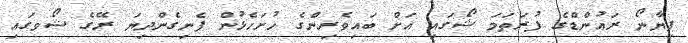
ޕިޔާނޯ ރައުންޑްގެ ފުރަތަމަ ޝޯގައި އަށް ބައިވެރިންގެ ހުށަހެޅުން ފެނިގެންދިޔަ ރޭގެ ޝޯވގައި